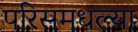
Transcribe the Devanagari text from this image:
परिसमधल्या